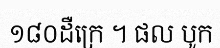
១៨០ដឺក្រេ ។ ផល បូក